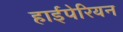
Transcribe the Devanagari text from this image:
हाईपेरियन